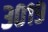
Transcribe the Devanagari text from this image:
३०१९